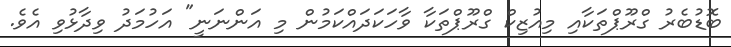
ބޮޑުބެރު ގްރޫޕްތަކާއި މިއުޒިކް ގްރޫޕްތަކާ ވާހަކަދައްކަމުން މި އަންނަނީ" އަހުމަދު ވިދާޅުވި އެވެ.